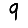
Digit: 9